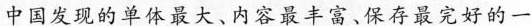
中国发现的单体最大、内容最丰富、保存最完好的一